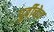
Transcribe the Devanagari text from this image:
पुर्वीचेच